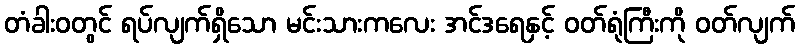
တံခါးဝတွင် ရပ်လျက်ရှိသော မင်းသားကလေး အင်ဒရေနှင့် ဝတ်ရုံကြီးကို ဝတ်လျက်